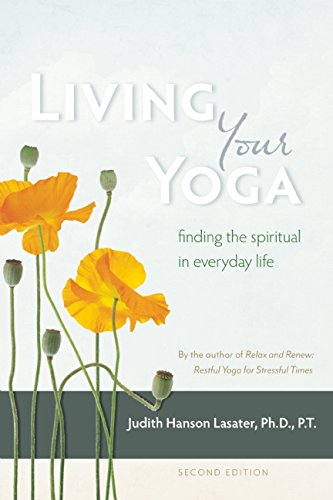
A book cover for Living Your Yoga: Finding the Spiritual in Everyday Life; Judith Hanson Lasater Ph.D.; Health, Fitness & Dieting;